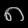
Digit: ၈